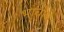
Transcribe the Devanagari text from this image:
भाचीचे